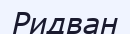
Ридван